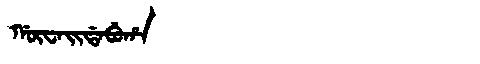
Manchu: ᡤᡡᠸᠠᡳᡩᠠᠪᡠᡥᠠ
Romanization: GŪWAIDABUHA